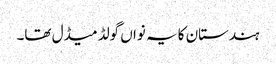
ہندستان کا یہ نواں گولڈ میڈل تھا۔